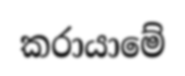
කරායාමේ